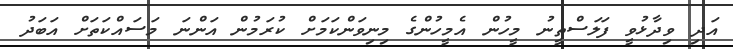
އަދި ވިދާޅުވީ ފަލަސްތީނު މީހުން އެމީހުންގެ މިނިވަންކަމަށް ކުރަމުން އަންނަ މަސައްކަތަށް އަބަދު